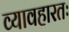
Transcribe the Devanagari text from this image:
व्यावहारतः